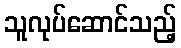
သူလုပ်ဆောင်သည့်